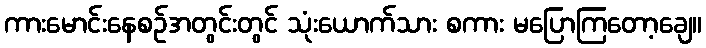
ကားမောင်းနေစဉ်အတွင်းတွင် သုံးယောက်သား စကား မပြောကြတော့ချေ။